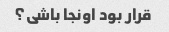
قرار بود اونجا باشی؟